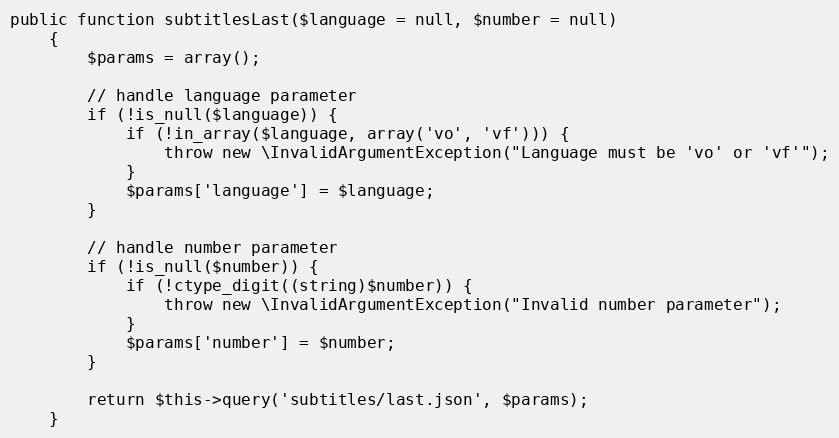
Language: PHP
public function subtitlesLast($language = null, $number = null)
    {
        $params = array();

        // handle language parameter
        if (!is_null($language)) {
            if (!in_array($language, array('vo', 'vf'))) {
                throw new \InvalidArgumentException("Language must be 'vo' or 'vf'");
            }
            $params['language'] = $language;
        }

        // handle number parameter
        if (!is_null($number)) {
            if (!ctype_digit((string)$number)) {
                throw new \InvalidArgumentException("Invalid number parameter");
            }
            $params['number'] = $number;
        }

        return $this->query('subtitles/last.json', $params);
    }